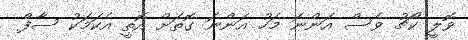
ވޮލީ ކޯޗު ވެސް އަންނަ މަހު އަންނަ ގޮތަށް އޮތީ އެކަމަކު ސާފް